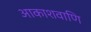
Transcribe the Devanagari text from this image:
आकाशवाणि